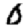
Digit: 0